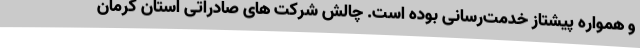
و همواره پیشتاز خدمت‌رسانی بوده است. چالش شرکت های صادراتی استان کرمان